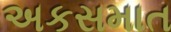
અકસમાત